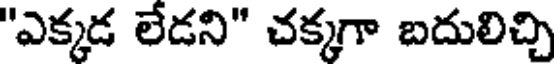
"ఎక్కడ లేడని" చక్కగా బదులిచ్చి